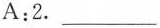
A:2.___